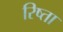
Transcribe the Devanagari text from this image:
रिष्ता